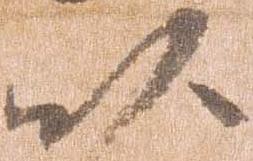
以